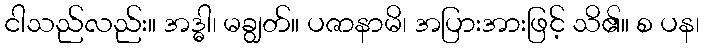
ငါသည်လည်း။ အဒ္ဓါ၊ မချွတ်။ ပဇာနာမိ၊ အပြားအားဖြင့် သိ၏။ စ ပန၊